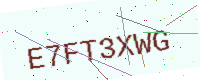
Text: E7FT3XWG